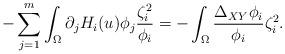
LaTeX: \begin{align*}-\sum_{j=1}^{m} \int_{\Omega} \partial_j H_i(u) \phi_j \frac{\zeta_i^2}{\phi_i} = -\int_{\Omega} \frac{\Delta_{XY} \phi_i}{\phi_i} {\zeta_i^2} . \end{align*}